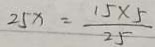
2 5 x = \frac { 1 5 \times 5 } { 2 5 }